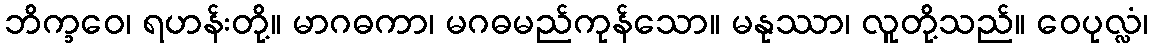
ဘိက္ခဝေ၊ ရဟန်းတို့။ မာဂဓကာ၊ မဂဓမည်ကုန်သော။ မနုဿာ၊ လူတို့သည်။ ဝေပုလ္လံ၊